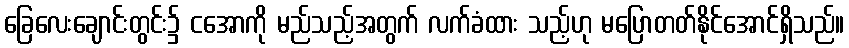
ခြေလေးချောင်းတွင်း၌ ငအောကို မည်သည့်အတွက် လက်ခံထား သည့်ဟု မပြောတတ်နိုင်အောင်ရှိသည်။